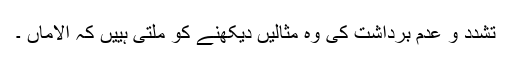
تشدد و عدم برداشت کی وہ مثالیں دیکھنے کو ملتی ہییں کہ الاماں ۔